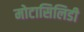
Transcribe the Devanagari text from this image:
मोटासिलिडी